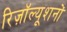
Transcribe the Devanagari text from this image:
रिज़ॉल्यूशनों